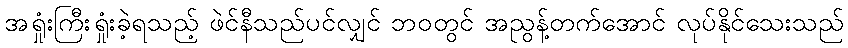
အရှုံးကြီးရှုံးခဲ့ရသည့် ဖဲင်နီသည်ပင်လျှင် ဘဝတွင် အညွန့်တက်အောင် လုပ်နိုင်သေးသည်